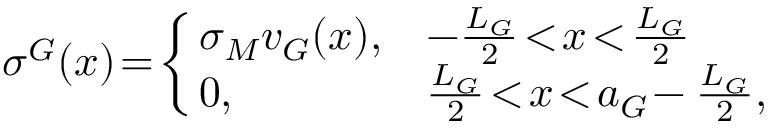
\sigma ^ { G } ( x ) \! = \! \left\{ \! \! \begin{array} { l l } { \sigma _ { M } v _ { G } ( x ) , } & { - \frac { L _ { G } } { 2 } \! < \! x \! < \! \frac { L _ { G } } { 2 } } \\ { 0 , } & { \frac { L _ { G } } { 2 } \! < \! x \! < \! a _ { G } \! - \frac { L _ { G } } { 2 } , } \end{array} \right.